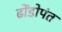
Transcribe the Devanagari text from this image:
ढोंडोपंत